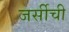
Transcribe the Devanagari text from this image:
जर्सीची